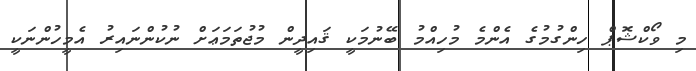
މި ވޯކްޝޮޕް ހިންގުމުގެ އެންމެ މުހިއްމު ބޭނުމަކީ ޤައިދީން މުޖުތަމަޢަށް ނުކުންނައިރު އެމީހުންނަކީ